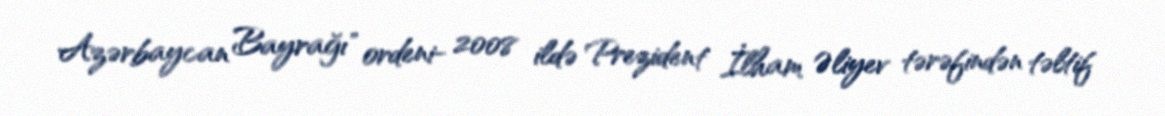
Azərbaycan Bayrağı" ordeni- 2008 ildə Prezident İlham Əliyev tərəfindən təltif